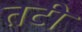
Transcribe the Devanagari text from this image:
तटी